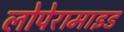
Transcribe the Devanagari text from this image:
लोपेरामाइड